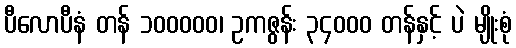
ပီလောပီနံ တန် ၁၀၀၀၀၀၊ ဥကဇွန်း ၃၄၀၀၀ တန်နှင့် ပဲ မျိုးစုံ